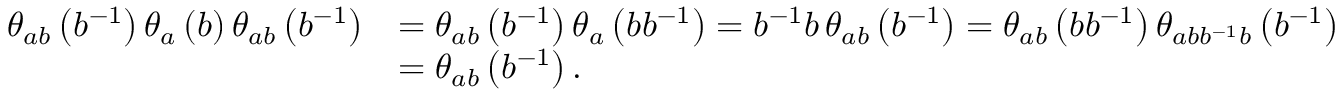
\begin{array} { r l } { \theta _ { a b } \left( b ^ { - 1 } \right) \theta _ { a } \left( b \right) \theta _ { a b } \left( b ^ { - 1 } \right) } & { = \theta _ { a b } \left( b ^ { - 1 } \right) \theta _ { a } \left( b b ^ { - 1 } \right) = b ^ { - 1 } b \, \theta _ { a b } \left( b ^ { - 1 } \right) = \theta _ { a b } \left( b b ^ { - 1 } \right) \theta _ { a b b ^ { - 1 } b } \left( b ^ { - 1 } \right) } \\ & { = \theta _ { a b } \left( b ^ { - 1 } \right) . } \end{array}